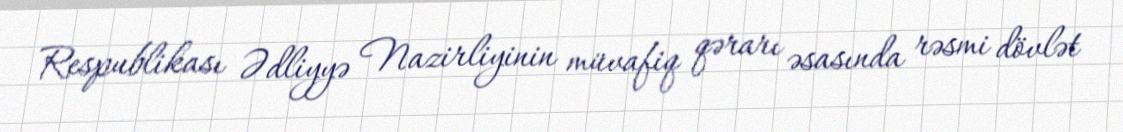
Respublikası Ədliyyə Nazirliyinin müvafiq qərarı əsasında rəsmi dövlət